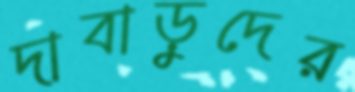
দাবাড়ুদের